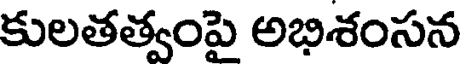
కులతత్వంపై అభిశంసన